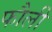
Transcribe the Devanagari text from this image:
फौली